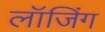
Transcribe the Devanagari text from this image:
लॉजिंग